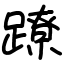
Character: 蹽